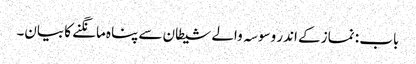
باب : نماز کے اندر وسوسہ والے شیطان سے پناہ مانگنے کا بیان۔